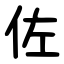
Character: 佐